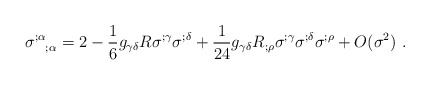
\begin{align*}\sigma ^{;\alpha}_{~~;\alpha }=2-\frac{1}{6}g_{\gamma \delta }R \sigma ^{;\gamma }\sigma ^{;\delta }+\frac{1}{24} g_{\gamma\delta} R_{;\rho }\sigma ^{;\gamma }\sigma ^{;\delta } \sigma^{;\rho}+O(\sigma^2)~.\end{align*}